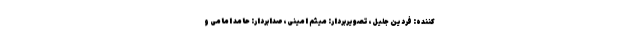
کننده: فردین جلیل، تصویربردار: میثم امینی، صدابردار: حامد امامی و